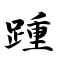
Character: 踵